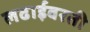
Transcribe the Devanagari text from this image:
लढाईवरती